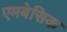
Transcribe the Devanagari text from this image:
एमबेसिक